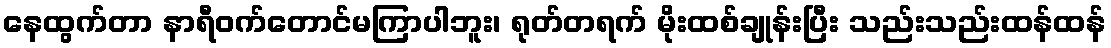
နေထွက်တာ နာရီဝက်တောင်မကြာပါဘူး၊ ရုတ်တရက် မိုးထစ်ချုန်းပြီး သည်းသည်းထန်ထန်